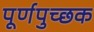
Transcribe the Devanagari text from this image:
पूर्णपुच्छक